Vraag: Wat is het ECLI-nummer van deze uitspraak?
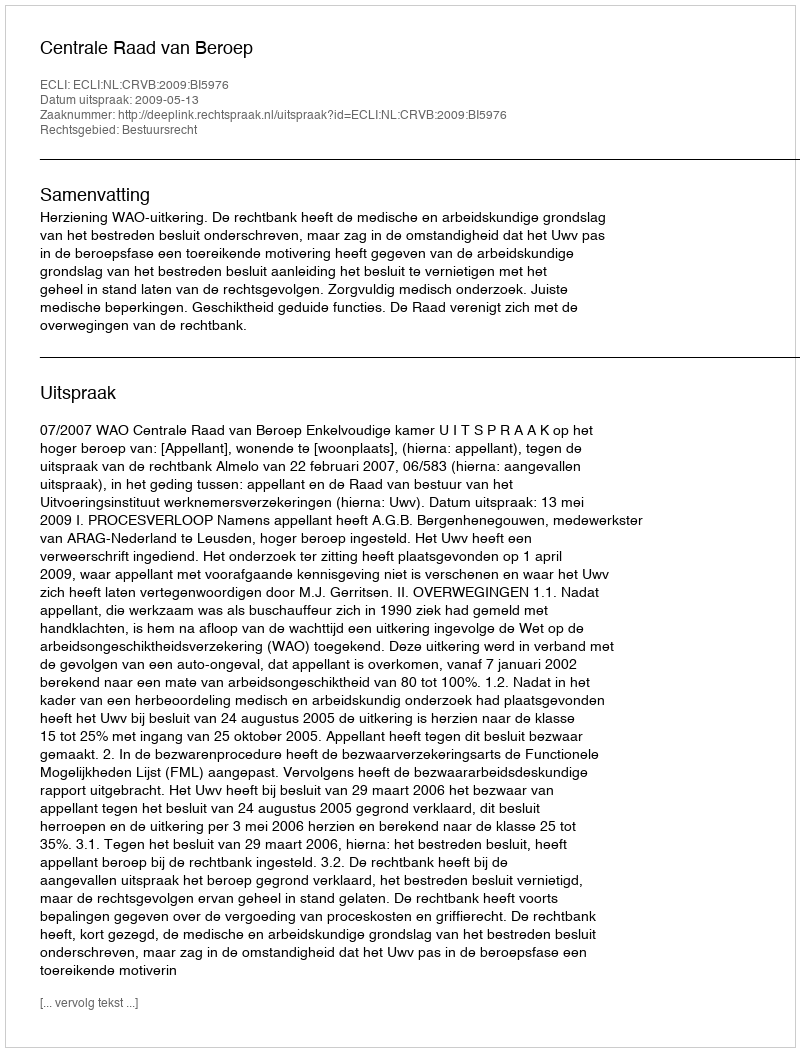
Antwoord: ECLI:NL:CRVB:2009:BI5976